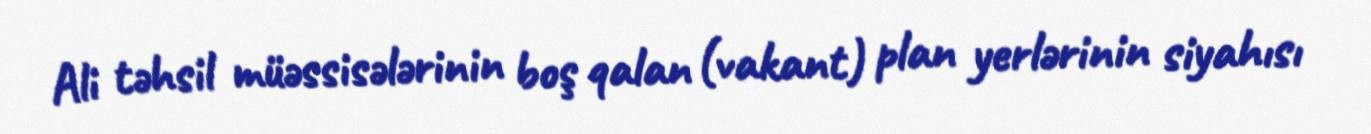
Ali təhsil müəssisələrinin boş qalan (vakant) plan yerlərinin siyahısı